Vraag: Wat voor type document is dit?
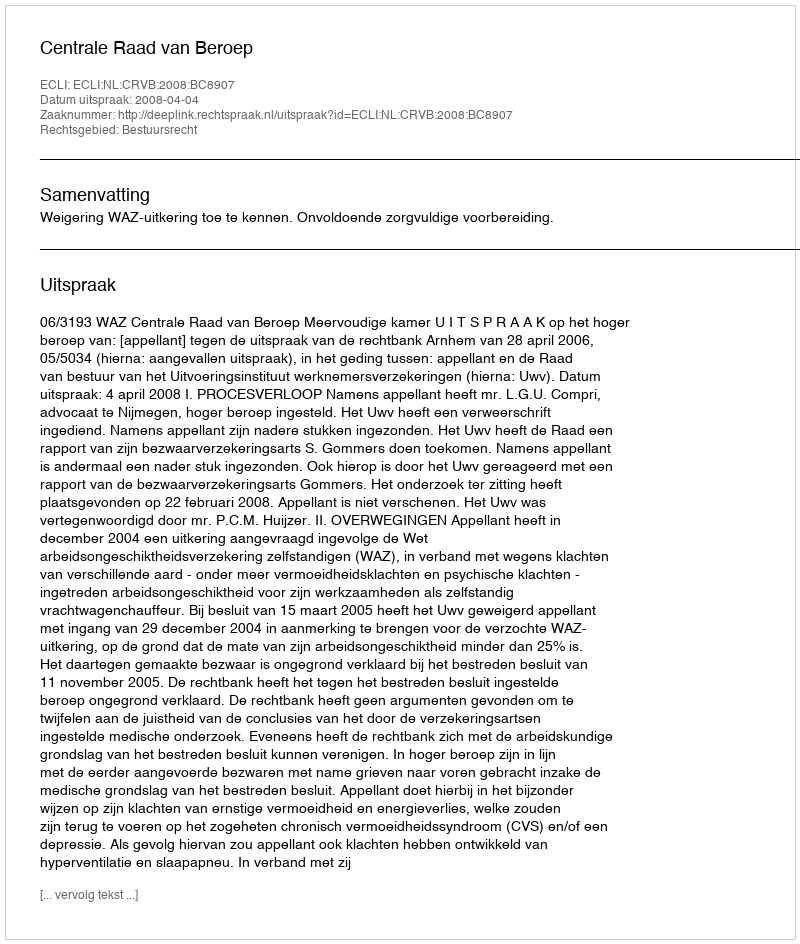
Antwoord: Uitspraak